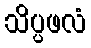
သိပ္ပဖလံ